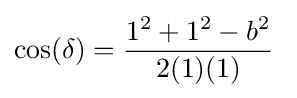
\cos(\delta )={\frac {1^{2}+1^{2}-b^{2}}{2(1)(1)}}\